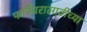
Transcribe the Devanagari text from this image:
फर्निचरासाठीच्या